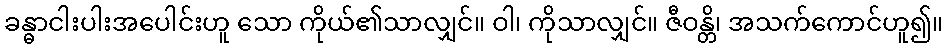
ခန္ဓာငါးပါးအပေါင်းဟူ သော ကိုယ်၏သာလျှင်။ ဝါ၊ ကိုသာလျှင်။ ဇီဝန္တိ၊ အသက်ကောင်ဟူ၍။